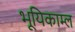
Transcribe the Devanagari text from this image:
भूयिकाम्ल